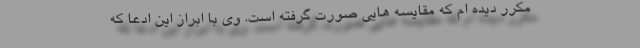
مکرر دیده ام که مقایسه هایی صورت گرفته است. وی با ابراز این ادعا که